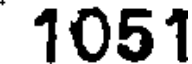
1051